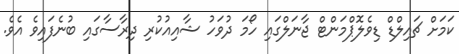
ކަމަށް ޗައިލްޑް ޑިވެލޮޕްމަންޓް ޖާނަލްގައި ހޯމަ ދުވަހު ޝާއިއުކުރި ދިރާސާގައި ބުނެފައިވެ އެވެ.